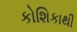
કોશિકાથી